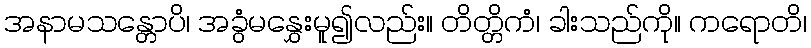
အနာမသန္တောပိ၊ အခွံမနွှေးမူ၍လည်း။ တိတ္တိကံ၊ ခါးသည်ကို။ ကရောတိ၊